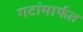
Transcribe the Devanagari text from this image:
गटांमार्फत